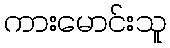
ကားမောင်းသူ